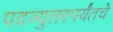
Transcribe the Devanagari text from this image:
पदव्युत्तरपर्यंतचे